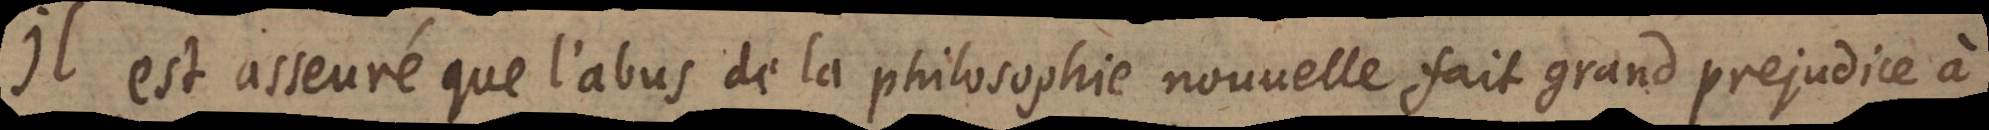
Il est asseuré que l’abus de la philosophie nouvelle fait grand prejudice à